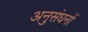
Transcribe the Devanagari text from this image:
अनुसंघनों